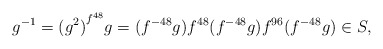
\begin{align*}g^{-1}={(g^2)}^{f^{48}}g=(f^{-48}g)f^{48}(f^{-48}g)f^{96}(f^{-48}g)\in S,\end{align*}